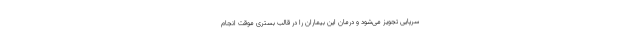
سرپایی تجویز می‌شود و درمان این بیماران را در قالب بستری موقت انجام